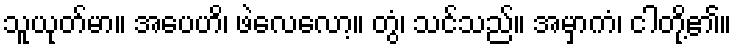
သူယုတ်မာ။ အပေဟိ၊ ဖဲလေလော့။ တွံ၊ သင်သည်။ အမှာကံ၊ ငါတို့၏။